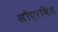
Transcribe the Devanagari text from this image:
सौएरविड